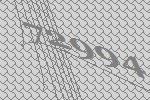
72994